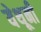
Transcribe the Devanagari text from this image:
येथूनी